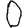
Digit: 0